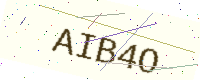
Text: AIB4O